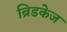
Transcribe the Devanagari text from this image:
ब्रिडकेज